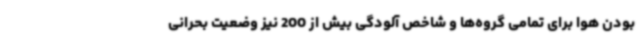
بودن هوا برای تمامی گروه‌ها و شاخص آلودگی بیش از 200 نیز وضعیت بحرانی